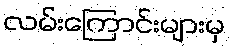
လမ်းကြောင်းများမှ